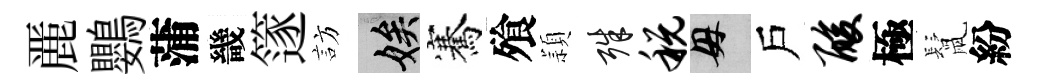
䴡鸚蒲畿篴訪娭騫飱頴殊税母戶酸極鬛紛